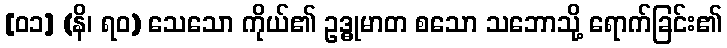
[၀၁] (နိ၊ ရဝ) သေသော ကိုယ်၏ ဥဒ္ဓုမာတ စသော သဘောသို့ ရောက်ခြင်း၏